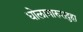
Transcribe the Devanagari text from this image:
धोलामारुरादुहा